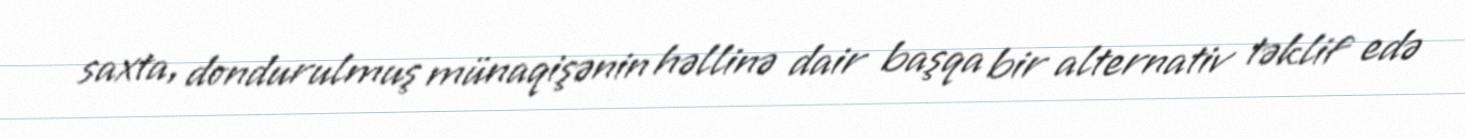
saxta, dondurulmuş münaqişənin həllinə dair başqa bir alternativ təklif edə